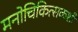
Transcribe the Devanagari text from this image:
मनोचिकित्सकशी